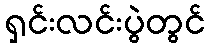
ရှင်းလင်းပွဲတွင်